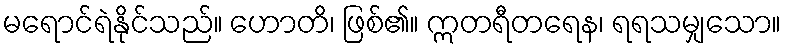
မရောင်ရဲနိုင်သည်။ ဟောတိ၊ ဖြစ်၏။ ဣတရီတရေန၊ ရရသမျှသော။